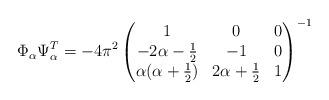
LaTeX: \begin{align*} \Phi_{\alpha} \Psi_{\alpha}^T = - 4 \pi^2\begin{pmatrix} 1 & 0 & 0 \\ -2\alpha-\tfrac{1}{2} & -1 & 0\\ \alpha(\alpha+\tfrac{1}{2}) & 2\alpha + \tfrac{1}{2} & 1\end{pmatrix}^{-1} \end{align*}